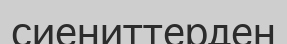
сиениттерден